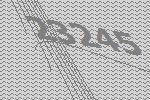
23245